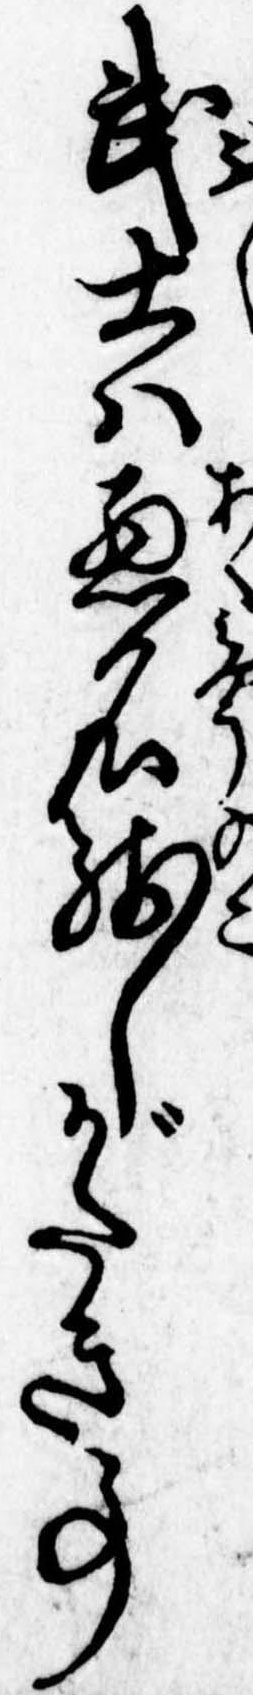
武士は悪名残しがたき事